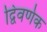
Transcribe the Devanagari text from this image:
द्विवर्णक